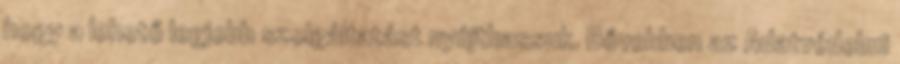
hogy a lehető legjobb szolgáltatást nyújthassuk. Bővebben az Adatvédelmi